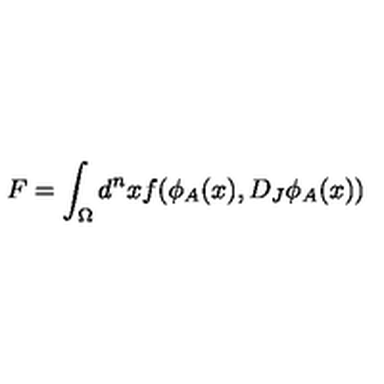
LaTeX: F = \int _ { \Omega } d ^ { n } x f ( \phi _ { A } ( x ) , D _ { J } \phi _ { A } ( x ) )